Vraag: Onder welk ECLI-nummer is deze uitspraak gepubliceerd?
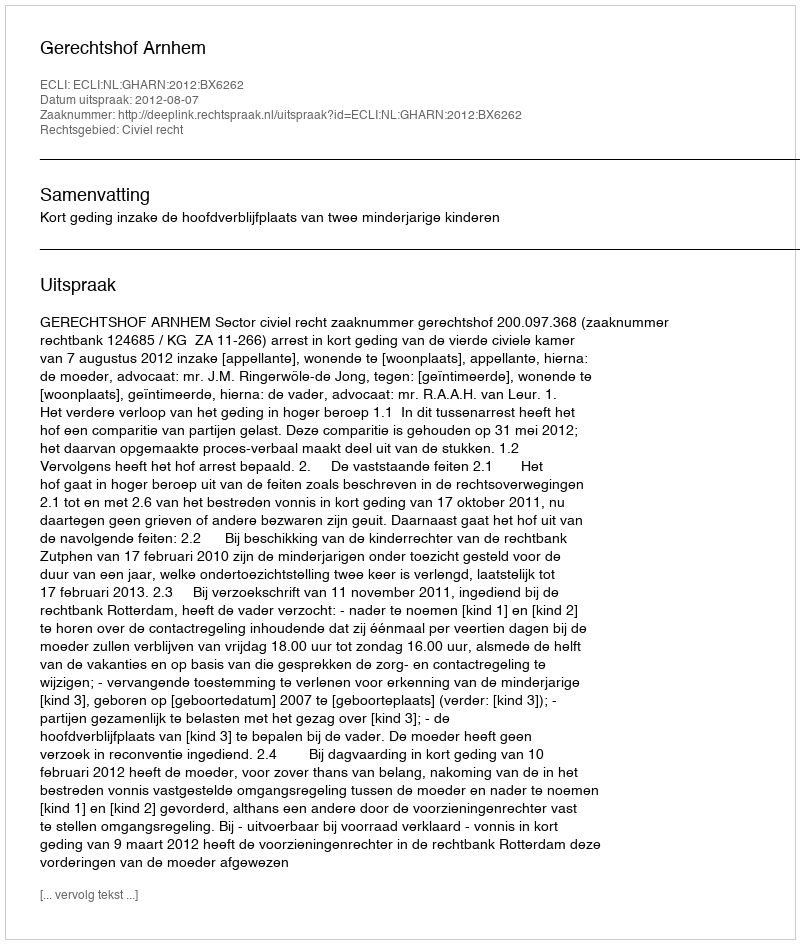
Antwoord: ECLI:NL:GHARN:2012:BX6262